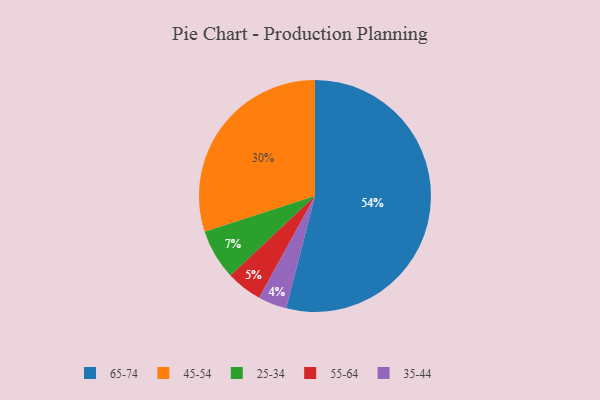
{"axis": {"x": "Category", "y": "Percentage"}, "legend": ["25-34", "35-44", "45-54", "55-64", "65-74"], "data": [{"x": "45-54", "y": 30, "type": "45-54"}, {"x": "65-74", "y": 54, "type": "65-74"}, {"x": "25-34", "y": 7, "type": "25-34"}, {"x": "55-64", "y": 5, "type": "55-64"}, {"x": "35-44", "y": 4, "type": "35-44"}]}